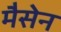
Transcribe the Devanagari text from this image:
मैसेन